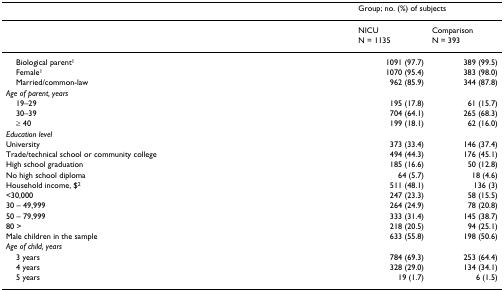
<table><thead><tr><td></td><td colspan="2"><b>Group; no. (%) of subjects</b></td></tr></thead><tbody><tr><td></td><td>NICUN = 1135</td><td>ComparisonN = 393</td></tr><tr><td> Biological parent<sup>1</sup></td><td>1091 (97.7)</td><td>389 (99.5)</td></tr><tr><td> Female<sup>1</sup></td><td>1070 (95.4)</td><td>383 (98.0)</td></tr><tr><td> Married/common-law</td><td>962 (85.9)</td><td>344 (87.8)</td></tr><tr><td><i>Age of parent, years</i></td><td></td><td></td></tr><tr><td> 19–29</td><td>195 (17.8)</td><td>61 (15.7)</td></tr><tr><td> 30–39</td><td>704 (64.1)</td><td>265 (68.3)</td></tr><tr><td> ≥ 40</td><td>199 (18.1)</td><td>62 (16.0)</td></tr><tr><td><i>Education level</i></td><td></td><td></td></tr><tr><td>University</td><td>373 (33.4)</td><td>146 (37.4)</td></tr><tr><td>Trade/technical school or community college</td><td>494 (44.3)</td><td>176 (45.1)</td></tr><tr><td>High school graduation</td><td>185 (16.6)</td><td>50 (12.8)</td></tr><tr><td>No high school diploma</td><td>64 (5.7)</td><td>18 (4.6)</td></tr><tr><td>Household income, $<sup>2</sup></td><td>511 (48.1)</td><td>136 (3)</td></tr><tr><td>&lt;30,000</td><td>247 (23.3)</td><td>58 (15.5)</td></tr><tr><td>30 – 49,999</td><td>264 (24.9)</td><td>78 (20.8)</td></tr><tr><td>50 – 79,999</td><td>333 (31.4)</td><td>145 (38.7)</td></tr><tr><td>80 &gt;</td><td>218 (20.5)</td><td>94 (25.1)</td></tr><tr><td>Male children in the sample</td><td>633 (55.8)</td><td>198 (50.6)</td></tr><tr><td><i>Age of child, years</i></td><td></td><td></td></tr><tr><td> 3 years</td><td>784 (69.3)</td><td>253 (64.4)</td></tr><tr><td> 4 years</td><td>328 (29.0)</td><td>134 (34.1)</td></tr><tr><td> 5 years</td><td>19 (1.7)</td><td>6 (1.5)</td></tr></tbody></table>